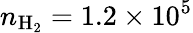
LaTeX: n_{\mathrm{H_{2}}}=1.2\times 10^{5}